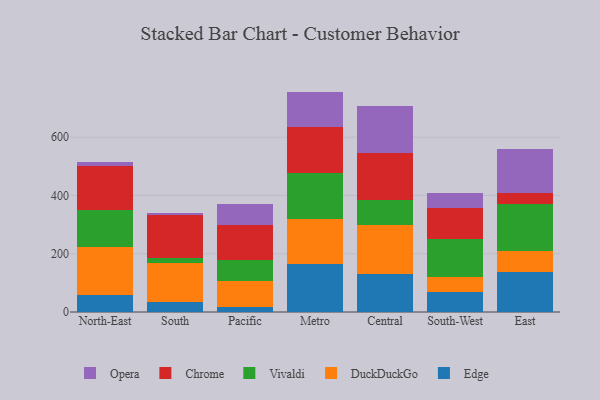
{"axis": {"x": "Region", "y": "Population (Million)"}, "legend": ["Chrome", "DuckDuckGo", "Edge", "Opera", "Vivaldi"], "data": [{"x": "North-East", "y": 59.5, "type": "Edge"}, {"x": "North-East", "y": 164.7, "type": "DuckDuckGo"}, {"x": "North-East", "y": 124.4, "type": "Vivaldi"}, {"x": "North-East", "y": 152.3, "type": "Chrome"}, {"x": "North-East", "y": 14.4, "type": "Opera"}, {"x": "South", "y": 35.4, "type": "Edge"}, {"x": "South", "y": 133.4, "type": "DuckDuckGo"}, {"x": "South", "y": 17.1, "type": "Vivaldi"}, {"x": "South", "y": 147.8, "type": "Chrome"}, {"x": "South", "y": 5.7, "type": "Opera"}, {"x": "Pacific", "y": 17.7, "type": "Edge"}, {"x": "Pacific", "y": 89.2, "type": "DuckDuckGo"}, {"x": "Pacific", "y": 71.3, "type": "Vivaldi"}, {"x": "Pacific", "y": 121.9, "type": "Chrome"}, {"x": "Pacific", "y": 69.0, "type": "Opera"}, {"x": "Metro", "y": 165.2, "type": "Edge"}, {"x": "Metro", "y": 154.0, "type": "DuckDuckGo"}, {"x": "Metro", "y": 157.3, "type": "Vivaldi"}, {"x": "Metro", "y": 158.5, "type": "Chrome"}, {"x": "Metro", "y": 121.5, "type": "Opera"}, {"x": "Central", "y": 131.8, "type": "Edge"}, {"x": "Central", "y": 165.4, "type": "DuckDuckGo"}, {"x": "Central", "y": 88.1, "type": "Vivaldi"}, {"x": "Central", "y": 161.0, "type": "Chrome"}, {"x": "Central", "y": 159.9, "type": "Opera"}, {"x": "South-West", "y": 67.3, "type": "Edge"}, {"x": "South-West", "y": 51.8, "type": "DuckDuckGo"}, {"x": "South-West", "y": 129.9, "type": "Vivaldi"}, {"x": "South-West", "y": 107.6, "type": "Chrome"}, {"x": "South-West", "y": 50.7, "type": "Opera"}, {"x": "East", "y": 138.7, "type": "Edge"}, {"x": "East", "y": 70.6, "type": "DuckDuckGo"}, {"x": "East", "y": 162.6, "type": "Vivaldi"}, {"x": "East", "y": 38.1, "type": "Chrome"}, {"x": "East", "y": 151.2, "type": "Opera"}]}